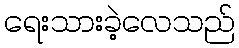
ရေးသားခဲ့လေသည်